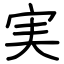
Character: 実